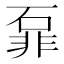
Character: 𱴎